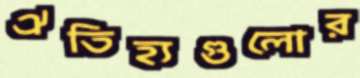
ঐতিহ্যগুলোর